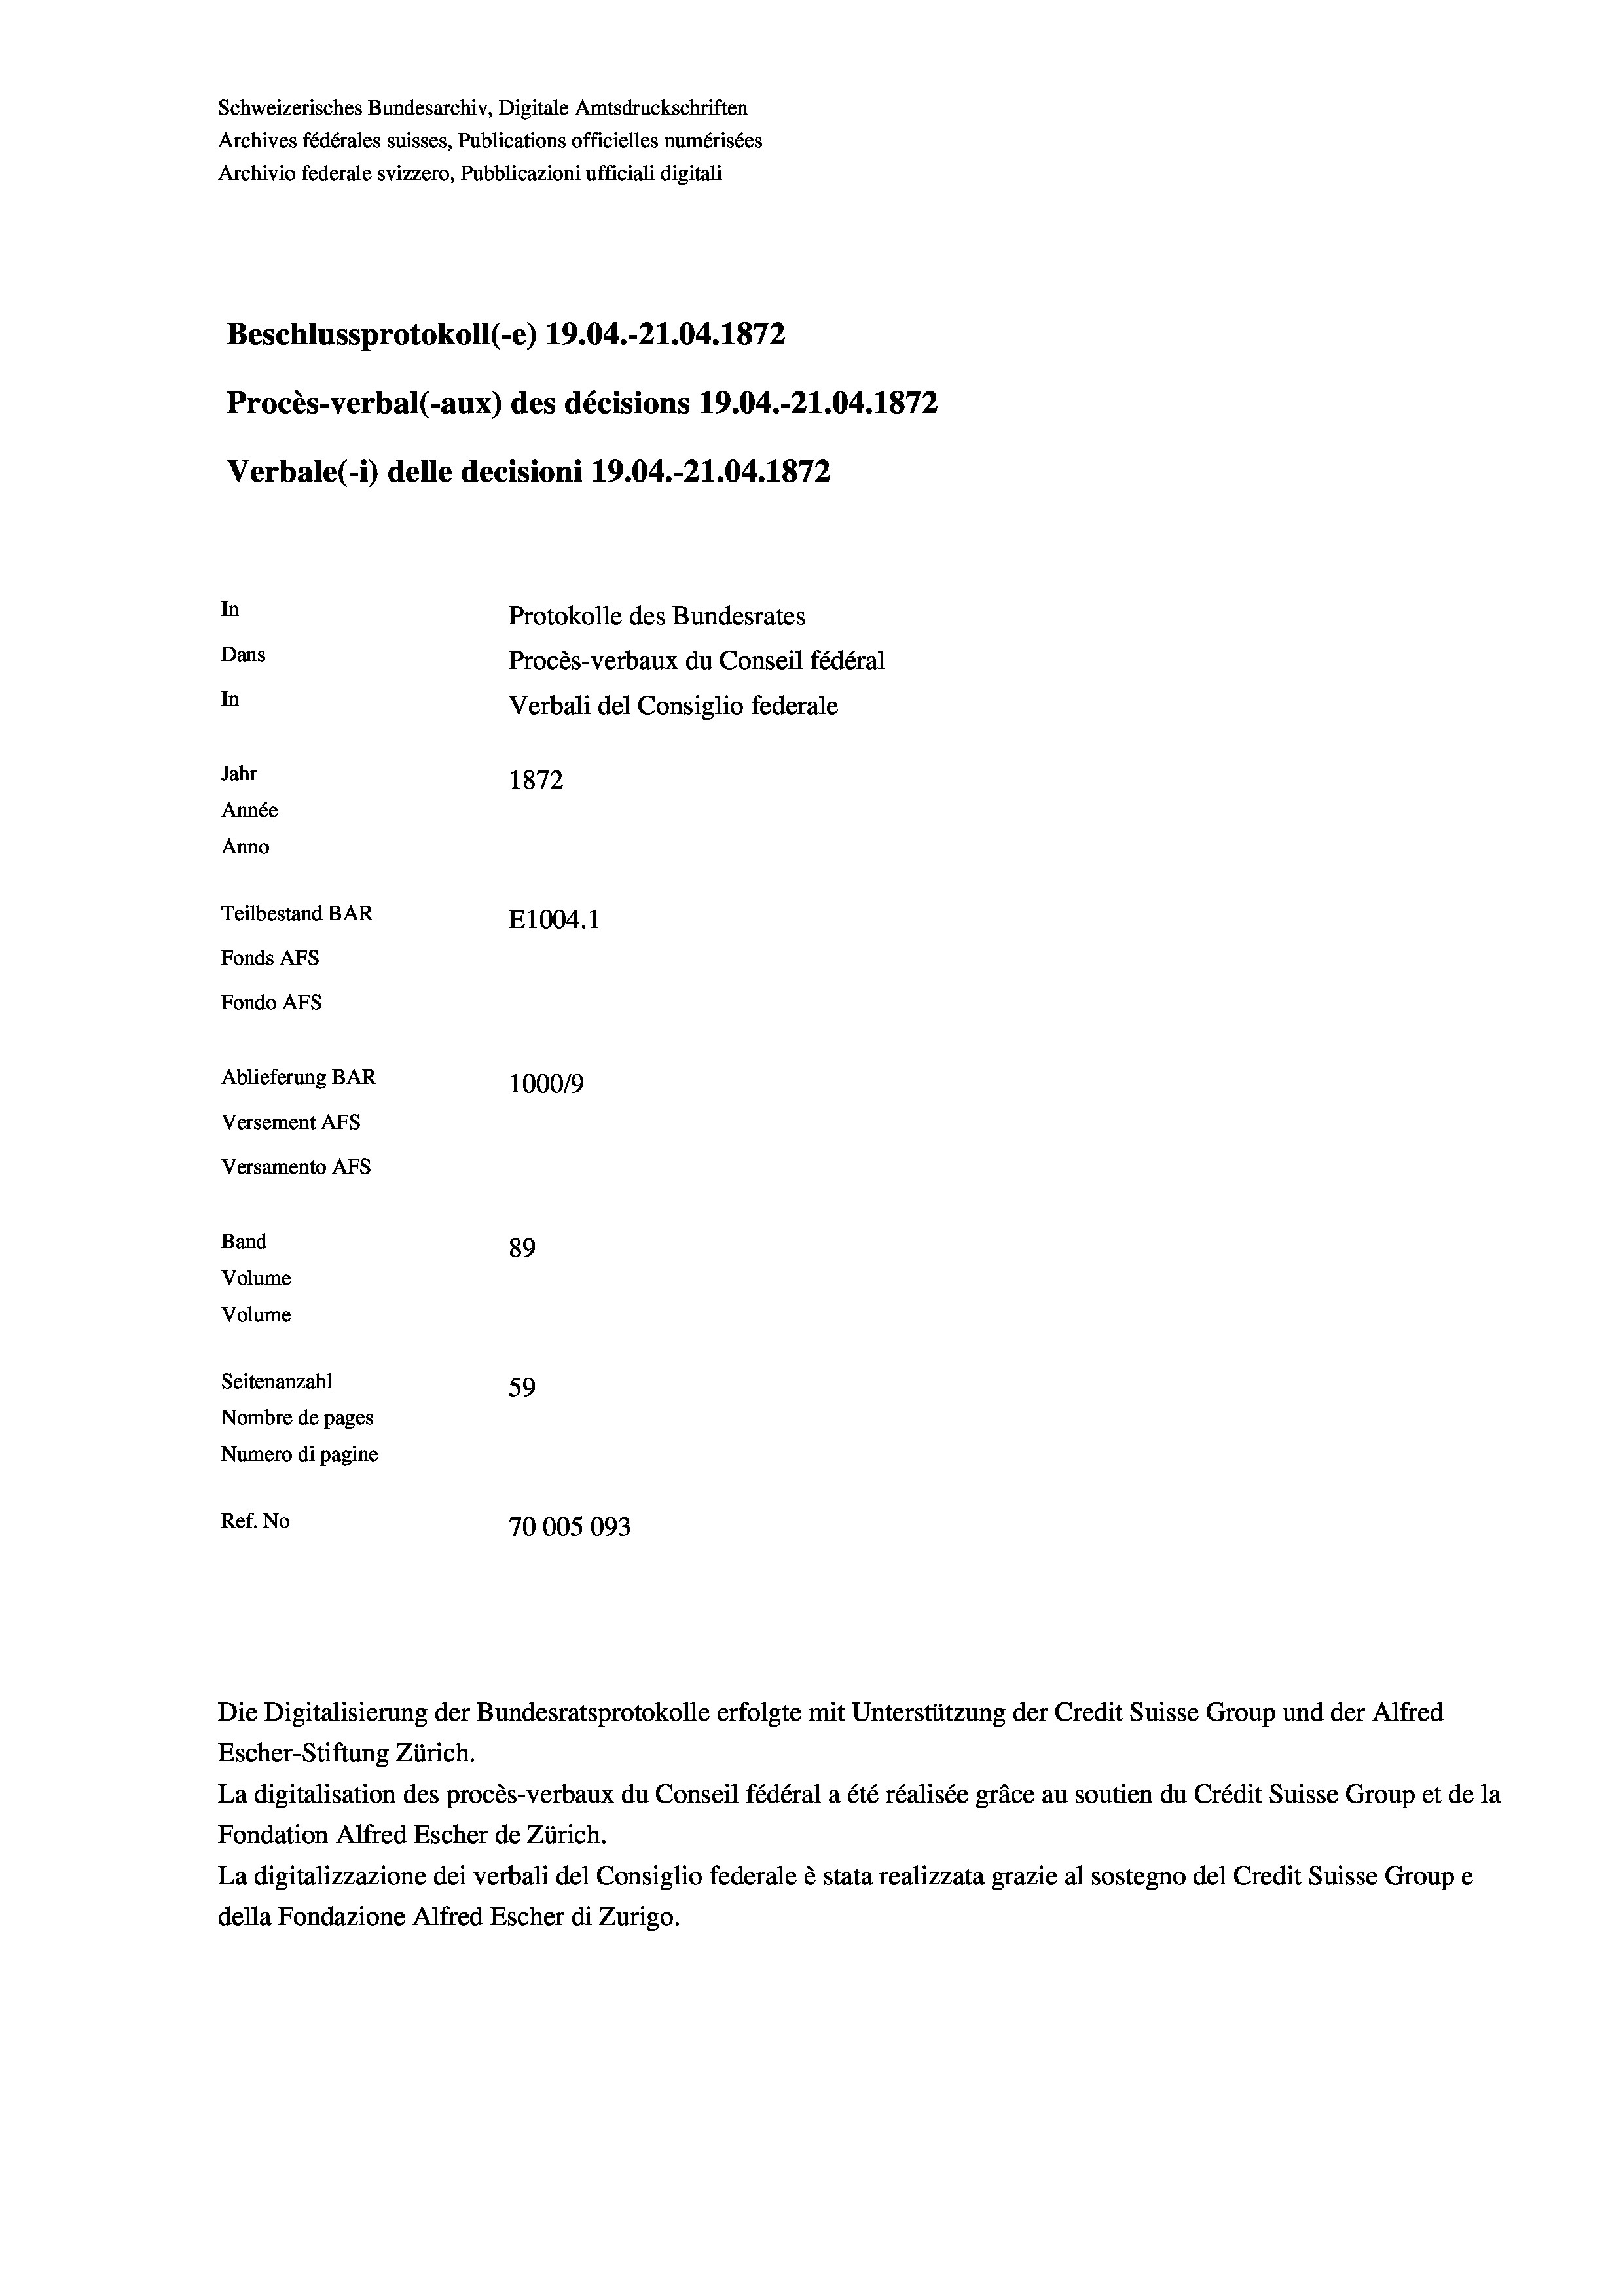
Schweizerisches Bundesarchiv, Digitale Amtsdruckschriften
Archives fédérales suisses, Publications officielles numérisées
Archivio federale svizzero, Pubblicazioni ufficiali digitali
Beschlussprotokoll (-e) 19.04.-21.04. 1872
Procès-verbal (-aux) des décisions 19.04.-21.04. 1872
Verbale (- 1) delle decisioni 19.04.-21.04. 1872
In
Protokolle des Bundesrates
Dans
Procès-verbaux du Conseil fédéral
In
Verbali del Consiglio federale
Jahr
1872
Année
Anno
Teilbestand BAR
E1004. 1
Fonds AFs
Fondo Afs
Ablieferung BAR
1000/9
Versement AFs
Versamento AFs

89
Seitenanzahl
59
Nombre de pages
Numero di pagine
Ref. No
70005093

Band
Volume
Volume

Escher-Stiftung Zürich.
La digitalisation des procès-verbaux du Conseil fédéral a été réalisée gräce au soutien du Crédit Suisse Group et de la
Fondation Alfred Escher de Zürich.
La digitalizzazione dei verbali del Consiglio federale è stata realizzata grazie al sostegno del Credit Suisse Groupe
della Fondazione Alfred Escher di Zurigo.

Die Digitalisierung der Bundesratsprotokolle erfolgte mit Unterstützung der Credit Suisse Group und der Alfred